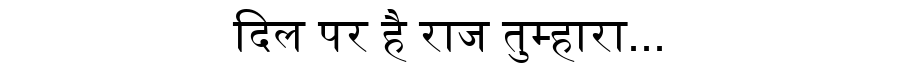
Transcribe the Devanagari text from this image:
दिल पर है राज तुम्हारा...